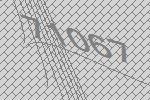
71067